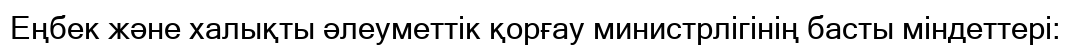
Еңбек және халықты әлеуметтік қорғау министрлігінің басты міндеттері: